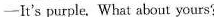
—It's purple. What about yours?